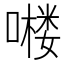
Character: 𱔹